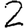
Digit: 2